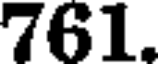
761.